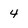
Character: 4